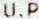
U.P